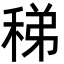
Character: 稊